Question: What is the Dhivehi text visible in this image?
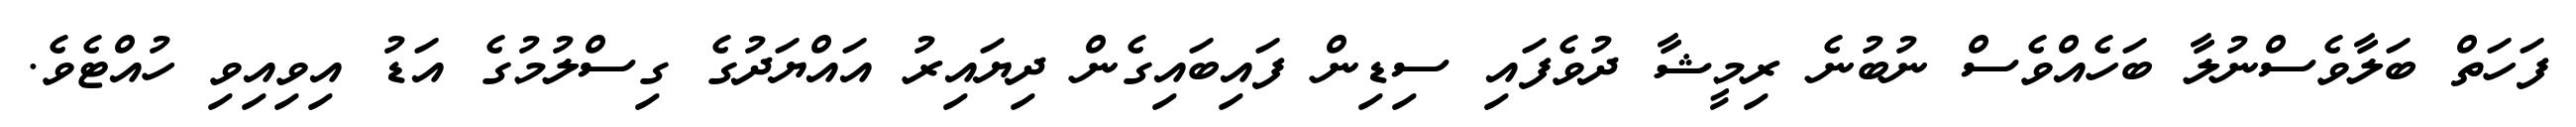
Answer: ފަހަތް ބަލާވެސްނުލާ ބަހެއްވެސް ނުބުނެ ރިމީޝާ ދުވެފައި ސިޑިން ފައިބައިގެން ދިޔައިރު އައްޔަދުގެ ގިސްލުމުގެ އަޑު އިވިއިވި ހުއްޓެވެ.